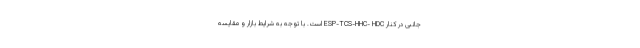
جانبی در کنار ESP-TCS-HHC- HDC است. با توجه به شرایط بازار و مقایسه